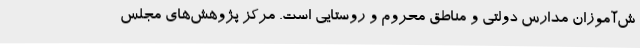
ش‌آموزان مدارس دولتی و مناطق محروم و روستایی است. مرکز پژوهش‌های مجلس